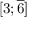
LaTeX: [ 3 ; { \overline { { 6 } } } ]